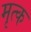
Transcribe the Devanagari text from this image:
मृत्क